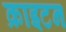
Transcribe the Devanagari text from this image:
क्राइटन